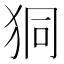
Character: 狪